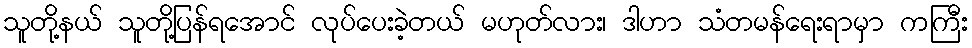
သူတို့နယ် သူတို့ပြန်ရအောင် လုပ်ပေးခဲ့တယ် မဟုတ်လား၊ ဒါဟာ သံတမန်ရေးရာမှာ ကကြီး